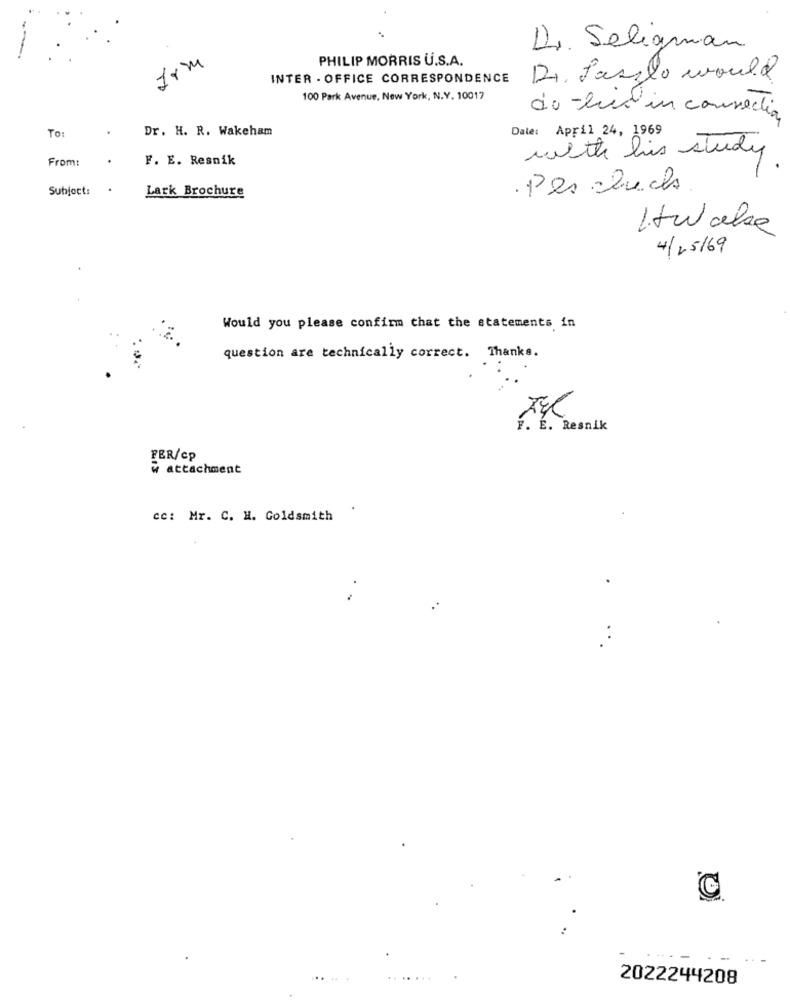
Dr. Seligman
Irm
PHILIP MORRIS U.S.A.
INTER - OFFICE CORRESPONDENCE
21. Laszlo would
100 Park Avenue, New York, N.Y. 10017
do -led in consedia
To:
Dr. H. R. Wakeham
Date: April 24, 1969
F. E. Resnik
with his study
From:
Subject:
Lark Brochure
. Per chuch
Itwake
4/25/69
Would you please confirm that the statements in
question are technically correct. Thanks.
F. E. Resnik
FER/cp
& attachment
cc: Mr. C. H. Goldsmith
....
.......
2022244208